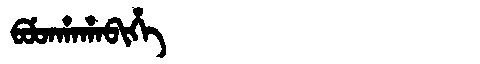
Manchu: ᠪᡠᡨᡥᠠᡥᠠᠪᡳᡥᡝ
Romanization: BUTHAHABIHE